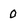
Character: 0